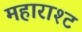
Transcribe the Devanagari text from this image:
महाराश्ट